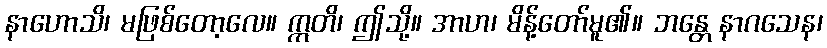
နာဟောသိ၊ မဖြစ်တော့လေ။ ဣတိ၊ ဤသို့။ အာဟ၊ မိန့်တော်မူ၏။ ဘန္တေ နာဂသေန၊